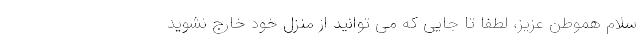
سلام هموطن عزیز، لطفا تا جایی که می توانید از منزل خود خارج نشوید